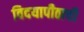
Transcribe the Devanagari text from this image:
विदयापीठाची